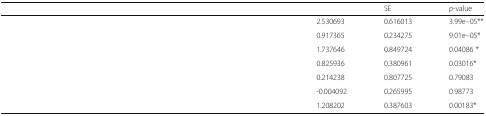
<table><thead><tr><td>[EMPTY_CELL]</td><td>[EMPTY_CELL]</td><td><b>SE</b></td><td><b><i>p</i>-value</b></td></tr></thead><tbody><tr><td>[EMPTY_CELL]</td><td>2.530693</td><td>0.616013</td><td>3.99e–05**</td></tr><tr><td>[EMPTY_CELL]</td><td>0.917365</td><td>0.234275</td><td>9.01e–05*</td></tr><tr><td>[EMPTY_CELL]</td><td>1.737646</td><td>0.849724</td><td>0.04086 *</td></tr><tr><td>[EMPTY_CELL]</td><td>0.825936</td><td>0.380961</td><td>0.03016*</td></tr><tr><td>[EMPTY_CELL]</td><td>0.214238</td><td>0.807725</td><td>0.79083</td></tr><tr><td>[EMPTY_CELL]</td><td>-0.004092</td><td>0.265995</td><td>0.98773</td></tr><tr><td>[EMPTY_CELL]</td><td>1.208202</td><td>0.387603</td><td>0.00183*</td></tr></tbody></table>